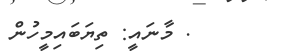
. މާނައީ: ތިޔަބައިމީހުން